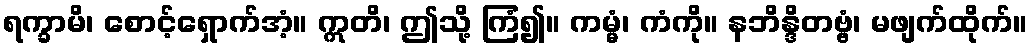
ရက္ခာမိ၊ စောင့်ရှောက်အံ့။ ဣတိ၊ ဤသို့ ကြံ၍။ ကမ္မံ၊ ကံကို။ နဘိန္ဒိတဗ္ဗံ၊ မဖျက်ထိုက်။